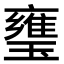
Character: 㻾